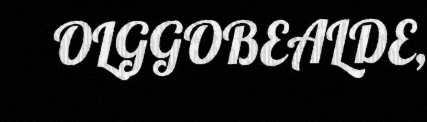
OLGGOBEALDE,